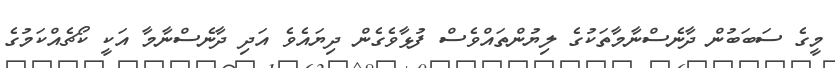
މީގެ ސަބަބުން ދާނެސްނާމާތަކުގެ ލިޔުންތައްވެސް ފުޅާވެގެން ދިޔައެވެ އަދި ދާނެސްނާމާ އަކީ ކޯޗެއްކަމުގެ